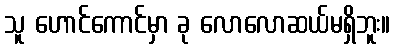
သူ ဟောင်ကောင်မှာ ခု လောလောဆယ်မရှိဘူး။